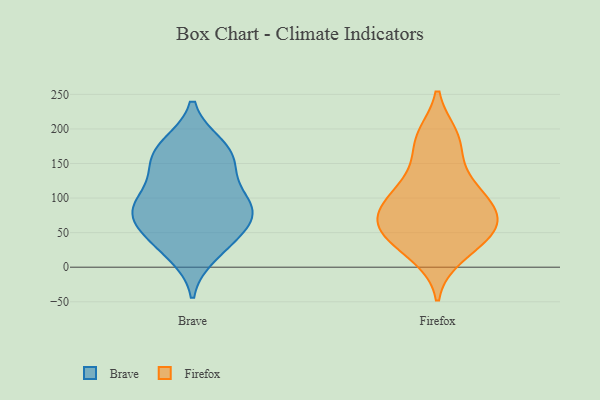
{"axis": {"x": "Page Views", "y": "Value"}, "legend": ["Brave", "Firefox"], "data": [{"x": "", "y": 84, "type": "Brave"}, {"x": "", "y": 176, "type": "Brave"}, {"x": "", "y": 175, "type": "Brave"}, {"x": "", "y": 144, "type": "Brave"}, {"x": "", "y": 66, "type": "Brave"}, {"x": "", "y": 19, "type": "Brave"}, {"x": "", "y": 69, "type": "Brave"}, {"x": "", "y": 149, "type": "Brave"}, {"x": "", "y": 33, "type": "Brave"}, {"x": "", "y": 91, "type": "Brave"}, {"x": "", "y": 92, "type": "Brave"}, {"x": "", "y": 42, "type": "Brave"}, {"x": "", "y": 78, "type": "Brave"}, {"x": "", "y": 161, "type": "Brave"}, {"x": "", "y": 108, "type": "Brave"}, {"x": "", "y": 190, "type": "Firefox"}, {"x": "", "y": 26, "type": "Firefox"}, {"x": "", "y": 191, "type": "Firefox"}, {"x": "", "y": 53, "type": "Firefox"}, {"x": "", "y": 51, "type": "Firefox"}, {"x": "", "y": 127, "type": "Firefox"}, {"x": "", "y": 70, "type": "Firefox"}, {"x": "", "y": 91, "type": "Firefox"}, {"x": "", "y": 109, "type": "Firefox"}, {"x": "", "y": 83, "type": "Firefox"}, {"x": "", "y": 60, "type": "Firefox"}, {"x": "", "y": 102, "type": "Firefox"}, {"x": "", "y": 160, "type": "Firefox"}, {"x": "", "y": 15, "type": "Firefox"}, {"x": "", "y": 55, "type": "Firefox"}]}